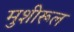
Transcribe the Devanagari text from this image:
मुशीरूल